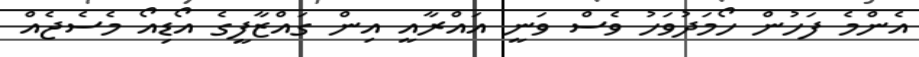
އެންމެ ފަހުން ހޯމަދުވަހު ވެސް ވަނީ އައްރާއީ އިން ގައްޒާފީގެ އޯޑިއޯ މެސެޖެއް